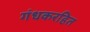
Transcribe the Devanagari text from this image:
गंधकरहित